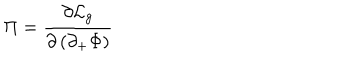
\Pi = { \frac { \partial { \cal L } _ { g } } { \partial \left( \partial _ { + } \Phi \right) } }